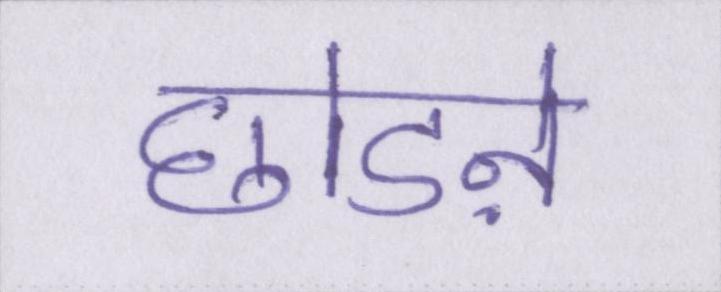
छोडऩे